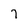
Character: 7